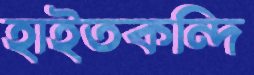
হাইতকন্দি